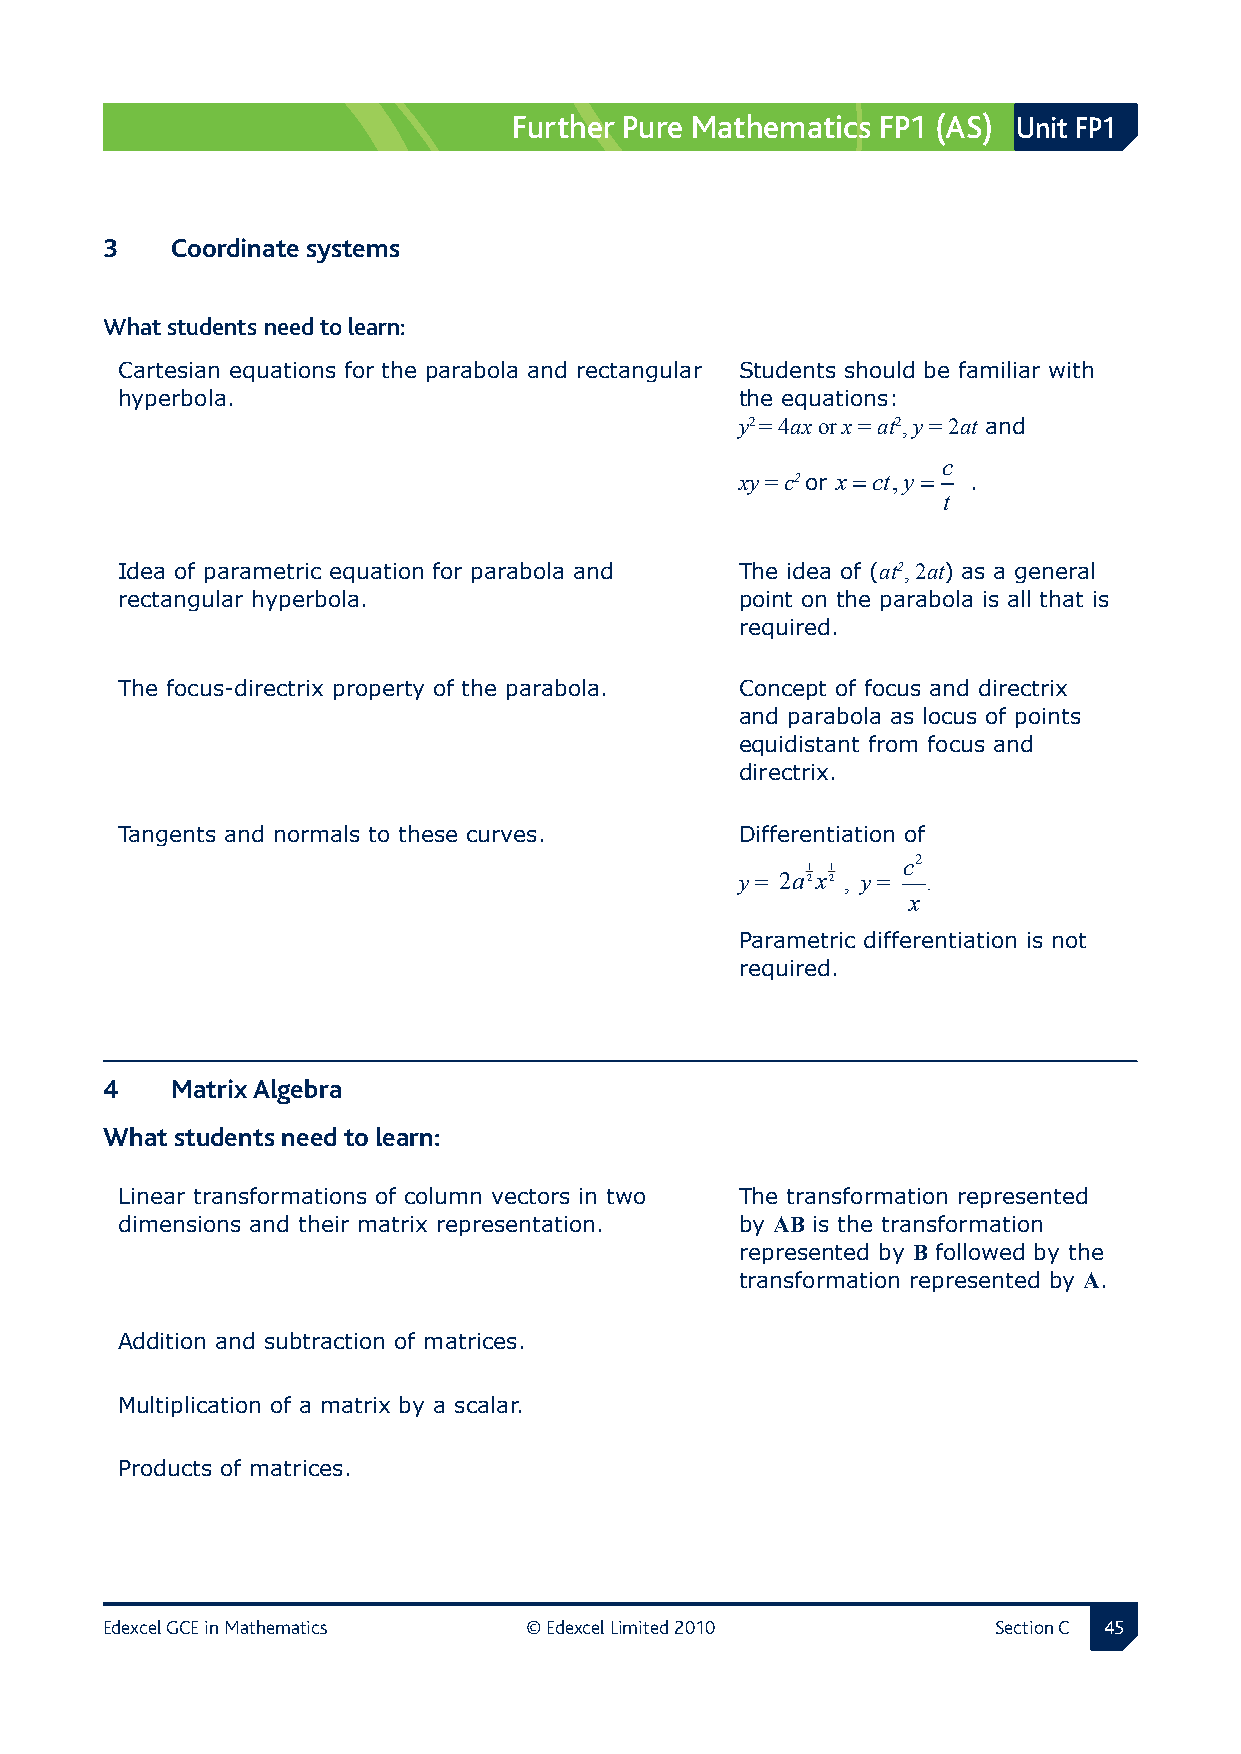
Further Pure Mathematics FP1 (AS) Unit FP1
 3  Coordinate systems
 What students need to learn:
 Cartesian equations for the parabola and rectangular Students should be familiar with
 hyperbola.                               the equations:
 y2 = 4ax or x = at2, y = 2at and
 c
 xy = c2 or x=ct,y = .
 t
 Idea of parametric equation for parabola and The idea of (at2, 2at) as a general
 rectangular hyperbola.                   point on the parabola is all that is
 required.
 The focus-directrix property of the parabola. Concept of focus and directrix
 and parabola as locus of points
 equidistant from focus and
 directrix.
 Tangents and normals to these curves.    Differentiation of
 1 1
 c2
 y = 2a2x2 , y = .
 x
 Parametric differentiation is not
 required.
 4  Matrix Algebra
 What students need to learn:
 Linear transformations of column vectors in two The transformation represented
 dimensions and their matrix representation. by AB is the transformation
 represented by B followed by the
 transformation represented by A.
 Addition and subtraction of matrices.
 Multiplication of a matrix by a scalar.
 Products of matrices.
 Edexcel GCE in Mathematics  © Edexcel Limited 2010         Section C 